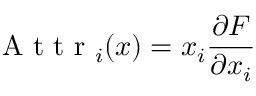
\textrm { A t t r } _ { i } ( x ) = x _ { i } \frac { \partial F } { \partial x _ { i } }